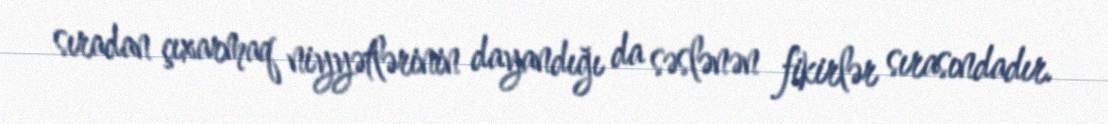
sıradan çıxarmaq niyyətlərinin dayandığı da səslənən fikirlər sırasındadır.